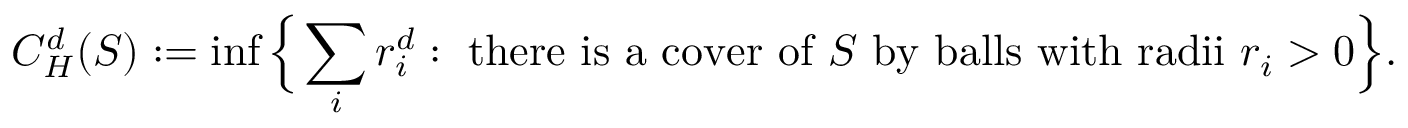
C _ { H } ^ { d } ( S ) : = \operatorname* { i n f } { \Bigl \{ } \sum _ { i } r _ { i } ^ { d } : { \mathrm { ~ t h e r e ~ i s ~ a ~ c o v e r ~ o f ~ } } S { \mathrm { ~ b y ~ b a l l s ~ w i t h ~ r a d i i ~ } } r _ { i } > 0 { \Bigr \} } .